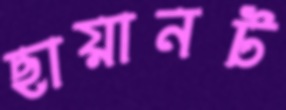
ছায়ানট